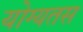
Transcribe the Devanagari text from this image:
योग्यतस